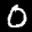
Label: 0